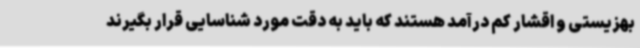
بهزیستی و اقشار کم درآمد هستند که باید به دقت مورد شناسایی قرار بگیرند